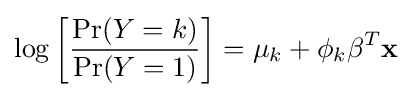
\log \left[{\frac {\Pr(Y=k)}{\Pr(Y=1)}}\right]=\mu _{k}+\phi _{k}\mathbf {\beta } ^{T}\mathbf {x}